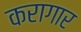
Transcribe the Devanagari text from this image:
करागार